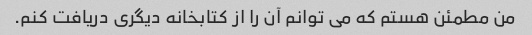
من مطمئن هستم که می توانم آن را از کتابخانه دیگری دریافت کنم.